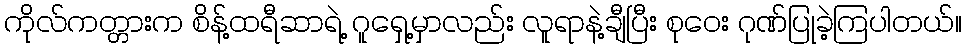
ကိုလ်ကတ္တားက စိန့်ထရီဆာရဲ့ ဂူရှေ့မှာလည်း လူရာနဲ့ချီပြီး စုဝေး ဂုဏ်ပြုခဲ့ကြပါတယ်။